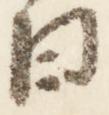
日